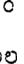
.